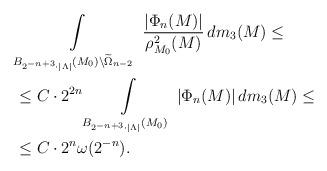
LaTeX: \begin{align*}&\int\limits_{B_{2^{-n+3}\cdot |\Lambda |}(M_0)\setminus\widetilde{\Omega}_{n-2}}\, \frac{|\Phi_n(M)|}{\rho^2_{M_0}(M)}\, dm_3(M)\leq\\&\leq C\cdot 2^{2n}\int\limits_{B_{2^{-n+3}\cdot |\Lambda |}(M_0)}\, |\Phi_n(M)|\, dm_3(M)\leq\\&\leq C\cdot 2^{n}\omega (2^{-n}).\end{align*}